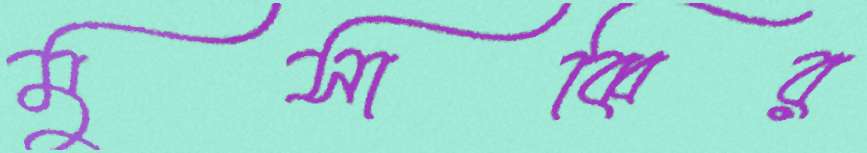
মুসাব্বির